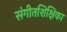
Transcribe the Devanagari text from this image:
संगीतशिक्षिका